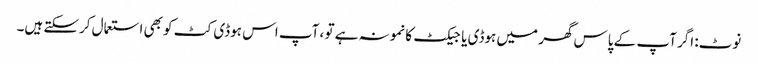
نوٹ: اگر آپ کے پاس گھر میں ہوڈی یا جیکٹ کا نمونہ ہے تو ، آپ اس ہوڈی کٹ کو بھی استعمال کرسکتے ہیں۔